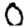
Digit: 0